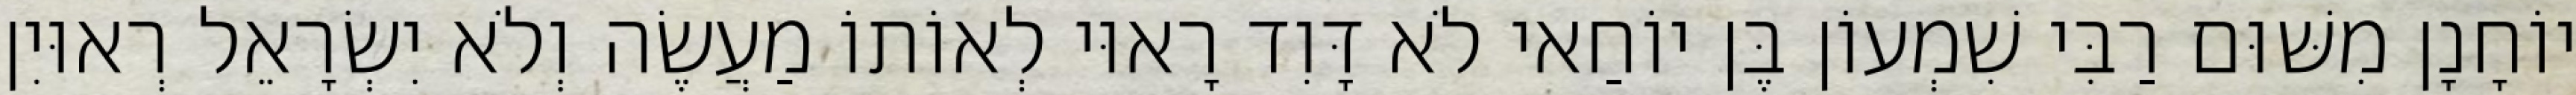
יוֹחָנָן מִשּׁוּם רַבִּי שִׁמְעוֹן בֶּן יוֹחַאי לֹא דָּוִד רָאוּי לְאוֹתוֹ מַעֲשֶׂה וְלֹא יִשְׂרָאֵל רְאוּיִן